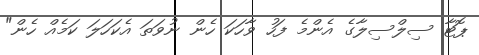
ޕޮޓާ ސިލްސިލާގެ އެންމެ ފަހު ވާހަކަ ހެން ނުވަތަ އެކަހަލަ ކަމެއް ހެން"